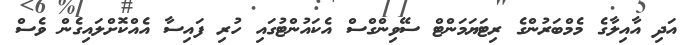
އަދި އާއިލާގެ މެމްބަރުންގެ ރިޓަޔަމަންޓް ސޭވިންގްސް އެކައުންޓުގައި ހުރި ފައިސާ އެއްކޮށްލައިގެން ވެސް